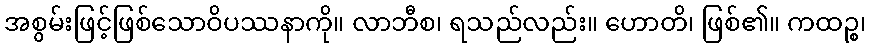
အစွမ်းဖြင့်ဖြစ်သောဝိပဿနာကို။ လာဘီစ၊ ရသည်လည်း။ ဟောတိ၊ ဖြစ်၏။ ကထဉ္စ၊